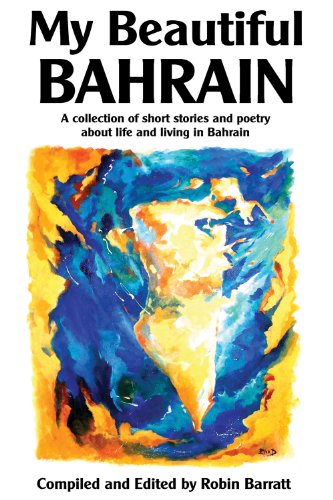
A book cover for My Beautiful Bahrain; Robin Barratt; History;